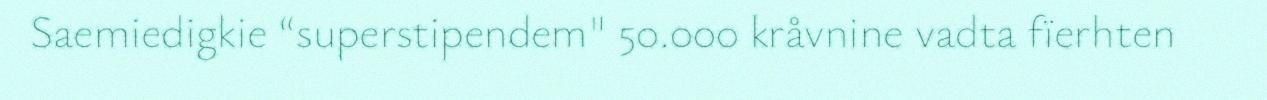
Saemiedigkie “superstipendem" 50.000 kråvnine vadta fïerhten